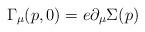
LaTeX: \begin{align*}\Gamma_{\mu}(p,0)=e \partial_{\mu} \Sigma(p) \end{align*}